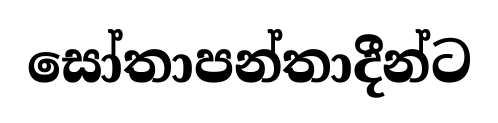
සෝතාපන්තාදීන්ට